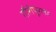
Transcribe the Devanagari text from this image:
गौरीपूरला